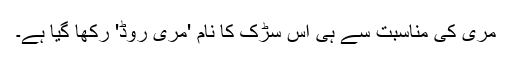
مری کی مناسبت سے ہی اس سڑک کا نام 'مری روڈ' رکھا گیا ہے۔